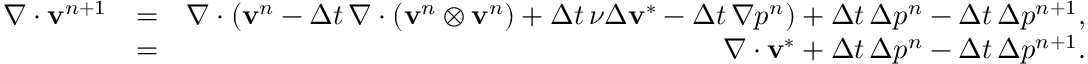
\begin{array} { r l r } { \nabla \cdot \mathbf { v } ^ { n + 1 } } & { = } & { \nabla \cdot \left( \mathbf { v } ^ { n } - { \Delta t } \, \nabla \cdot ( \mathbf { v } ^ { n } \otimes \mathbf { v } ^ { n } ) + { \Delta t } \, \nu \Delta \mathbf { v } ^ { * } - { \Delta t } \, \nabla p ^ { n } \right) + { \Delta t } \, \Delta p ^ { n } - { \Delta t } \, \Delta p ^ { n + 1 } , } \\ & { = } & { \nabla \cdot \mathbf { v } ^ { * } + { \Delta t } \, \Delta p ^ { n } - { \Delta t } \, \Delta p ^ { n + 1 } . } \end{array}